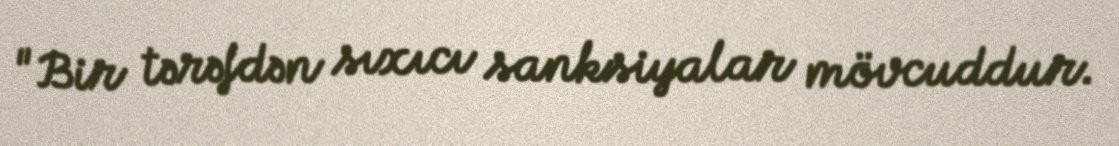
"Bir tərəfdən sıxıcı sanksiyalar mövcuddur.